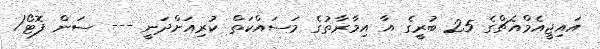
އައިޖީއެމްއެޗްގެ 25 ބުރީގެ އާ އިމާރާތުގެ މަސައްކަތް ކުރިއަށްދަނީ --- ސަން ފޮޓޯ/